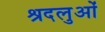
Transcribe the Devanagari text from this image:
श्रदलुओं